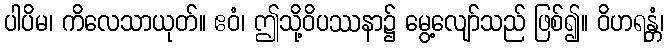
ပါပိမ၊ ကိလေသာယုတ်။ ဧဝံ၊ ဤသို့ဝိပဿနာ၌ မွေ့လျော်သည် ဖြစ်၍။ ဝိဟရန္တံ၊